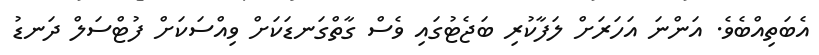
އެބަތިއްބެވެ. އަންނަ އަހަރަށް ލަފާކުރި ބަޖެޓުގައި ވެސް ގާތްގަނޑަކަށް ވިއްސަކަށް ފުޓްސަލް ދަނޑު